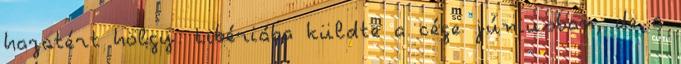
hazatért hölgy. Libériába küldte a cége júniusban, de a